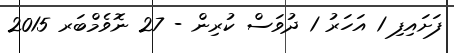
ފަށައިފި 1 އަހަރު 1 ދުވަސް ކުރިން - 27 ނޮވެމްބަރ 2015